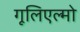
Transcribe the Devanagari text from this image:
गूलिएल्मो